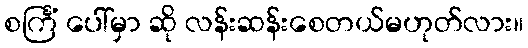
စင်္ကြံ ပေါ်မှာ ဆို လန်းဆန်းစေတယ်မဟုတ်လား။